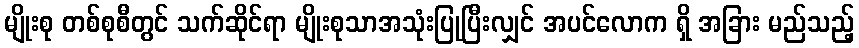
မျိုးစု တစ်စုစီတွင် သက်ဆိုင်ရာ မျိုးစုသာအသုံးပြုပြီးလျှင် အပင်လောက ရှိ အခြား မည်သည့်